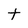
Character: t